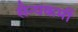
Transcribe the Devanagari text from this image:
सैन्यकर्मी